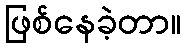
ဖြစ်နေခဲ့တာ။